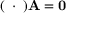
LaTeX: ( \mathbf { \partial } \cdot \mathbf { \partial } ) \mathbf { A } = \mathbf { 0 }